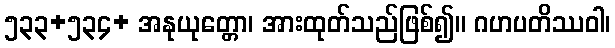
၅၃၃+၅၃၄+ အနုယုတ္တော၊ အားထုတ်သည်ဖြစ်၍။ ဂဟပတိဿဝါ၊